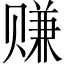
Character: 赚